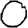
Digit: 0